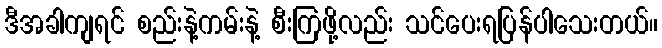
ဒီအခါကျရင် စည်းနဲ့ကမ်းနဲ့ စီးကြဖို့လည်း သင်ပေးရပြန်ပါသေးတယ်။